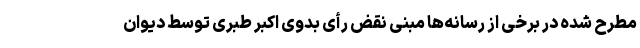
مطرح شده در برخی از رسانه‌ها مبنی نقض رأی بدوی اکبر طبری توسط دیوان